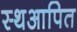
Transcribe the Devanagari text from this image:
स्थआपित